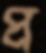
প্র